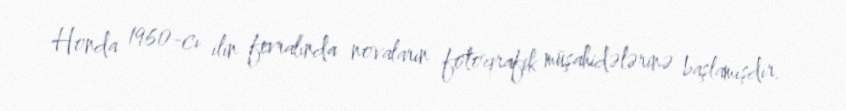
Honda 1960-cı ilin fevralında novaların fotoqrafik müşahidələrinə başlamışdır.